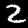
Label: 2